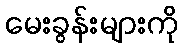
မေးခွန်းများကို